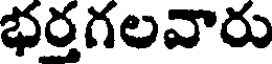
భర్తగలవారు